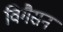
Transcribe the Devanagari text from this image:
विगैसन